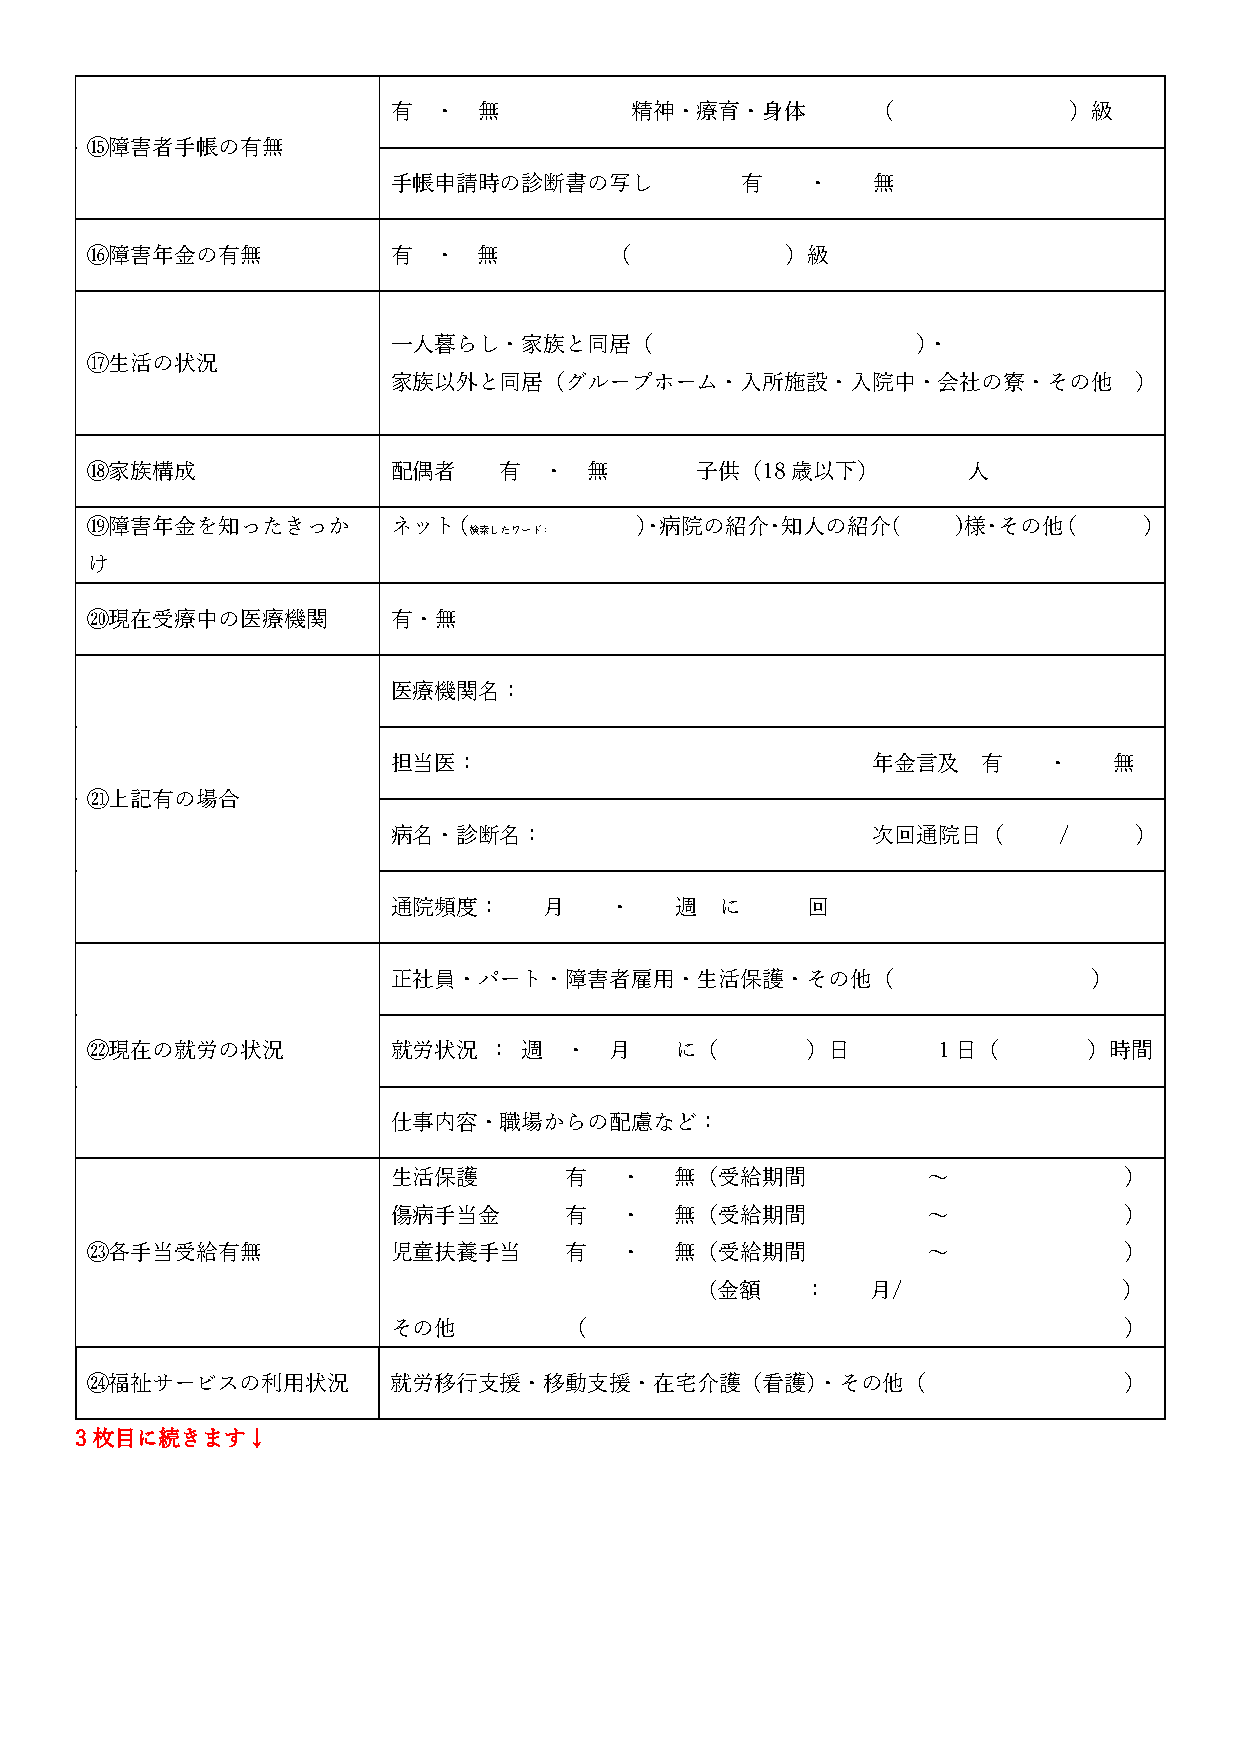
有  ・  無         精神・療育・身体        （            ）級
 ⑮障害者手帳の有無
 手帳申請時の診断書の写し           有   ・    無
 ⑯障害年金の有無            有  ・  無       （           ）級
 一人暮らし・家族と同居（                       ）・
 ⑰生活の状況
 家族以外と同居（グループホーム・入所施設・入院中・会社の寮・その他                ）
 ⑱家族構成               配偶者    有  ・  無      子供（18歳以下）         人
 ⑲障害年金を知ったきっか        ネット（            ）・病院の紹介・知人の紹介(       )様・その他（      ）
 検索したワード：
 け
 ⑳現在受療中の医療機関         有・無
 医療機関名：
 担当医：                            年金言及   有   ・    無
 ㉑上記有の場合
 病名・診断名：                         次回通院日（      /    ）
 通院頻度：     月   ・    週  に    回
 正社員・パート・障害者雇用・生活保護・その他（                       ）
 ㉒現在の就労の状況           就労状況  ：  週 ・  月    に（      ）日       1日（       ）時間
 仕事内容・職場からの配慮など：
 生活保護       有   ・   無（受給期間          ～            ）
 傷病手当金      有   ・   無（受給期間          ～            ）
 ㉓各手当受給有無            児童扶養手当     有   ・   無（受給期間          ～            ）
 (金額   ：    月/              ）
 その他        （                                    ）
 ㉔福祉サービスの利用状況        就労移行支援・移動支援・在宅介護（看護）・その他（                       ）
 3枚目に続きます↓